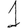
Digit: 1